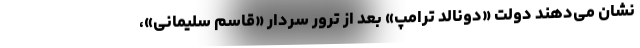
نشان می‌دهند دولت «دونالد ترامپ» بعد از ترور سردار «قاسم سلیمانی»،